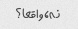
نه، واقعا؟